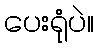
ပေးရုံပဲ။